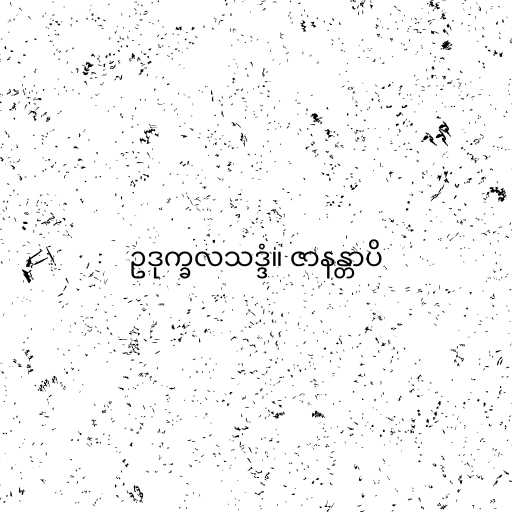
ဥဒုက္ခလသဒ္ဒံ။ ဇာနန္တာပိ